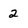
Character: 2